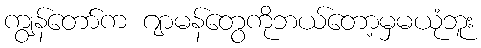
ကျွန်တော်က ဂျာမန်တွေကိုဘယ်တော့မှမယုံဘူး